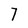
Character: 7